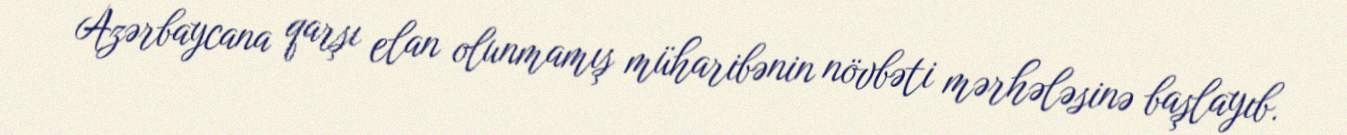
Azərbaycana qarşı elan olunmamış müharibənin növbəti mərhələsinə başlayıb.